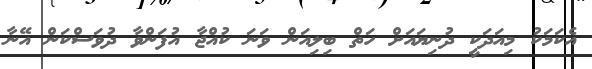
އެކަމަކު މިއަދަކީ ދުނިޔައަށް ހަތް ބިލިއަން ވަނަ ކުއްޖާ އުފަންވާ ދުވަސްކަން އޭނާ